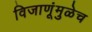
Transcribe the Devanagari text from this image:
विजाणूंमुळेच